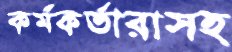
কর্মকর্তারাসহ